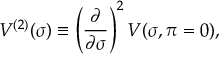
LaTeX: V ^ { ( 2 ) } ( \sigma ) \equiv \left( \frac { \partial } { \partial \sigma } \right) ^ { 2 } V ( \sigma , \pi = 0 ) ,